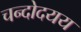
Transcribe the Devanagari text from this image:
चन्दोदयय